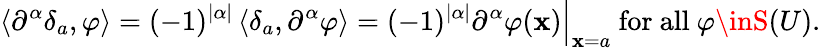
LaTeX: \left\langle\partial^{\alpha}\delta_{a},\varphi\right\rangle=(-1)^{|\alpha|}\left\langle\delta_{a},\partial^{\alpha}\varphi\right\rangle=(-1)^{|\alpha|}\partial^{\alpha}\varphi(\mathbf{x}){\Big|}_{\mathbf{x}=a}{\mathrm{{~for~all~}}}\varphi\inS(U).